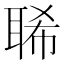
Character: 𦖁